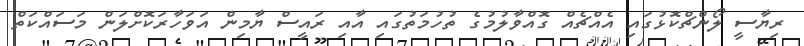
ރިޔާސީ ލޯންޗްކޮޅުގައި އެއްޗެއް ގޮއްވާލުމުގެ ތުހުމަތުގައި އާއި ރައީސް ޔާމިން އަވަހާރަކޮށްލަން މަސައްކަތް